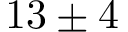
1 3 \pm 4